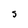
Character: S